Document type: Acquittal of debt
Year: 1424
Scribe: Francesc de Casanoves
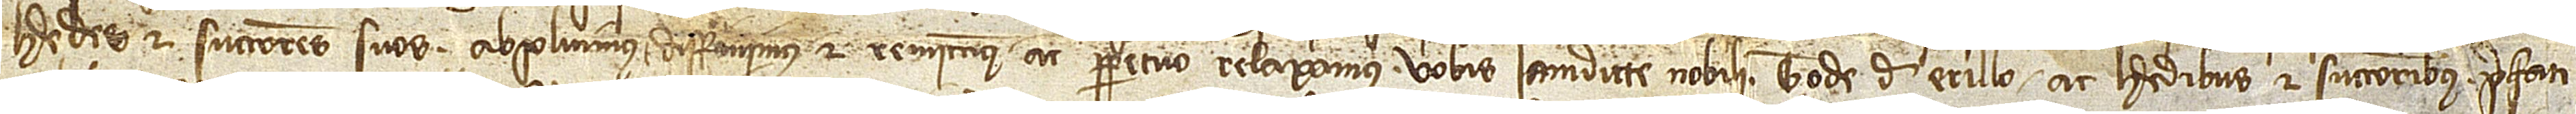
heredes et successores suos absolvimus, diffinimus et remittimus ac perpetuo relaxamus vobis iamdicte nobili Tode de Erillo ac heredibus et successoribus prefati